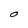
Character: O